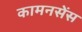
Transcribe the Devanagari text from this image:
कामनसेंस